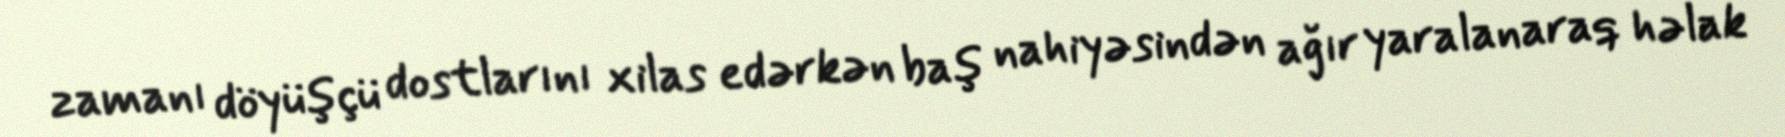
zamanı döyüşçü dostlarını xilas edərkən baş nahiyəsindən ağır yaralanaraq həlak